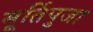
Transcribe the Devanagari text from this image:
मूर्तिपुजा